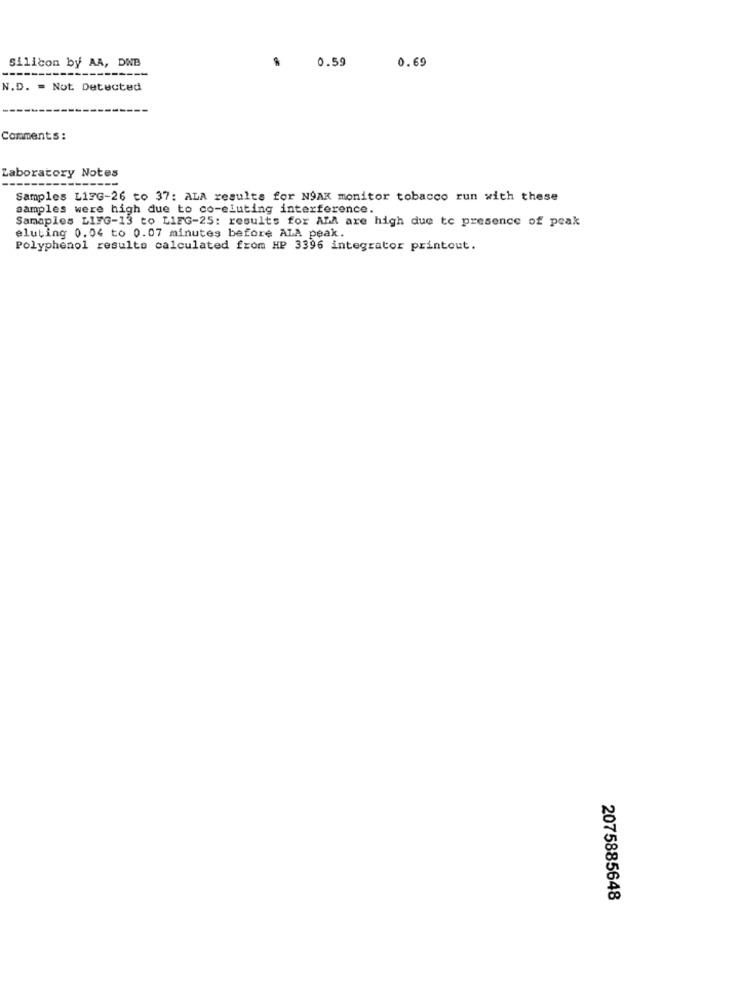
Silicon by AA, DNB
0.59
0.69
N.D. = Not Detected
Comments :
Laboratory Notes
---
Samples L17G-26 to 37: ALA results for NOAK monitor tobacco run with these
samples were high due to co-eluting interference.
Samaples LIFG-13 to LiFG-25: results for ALA are high due to presence of peak
eluting 0.04 to 0.07 minutes before ALA peak.
Polyphenol results calculated from HP 3396 integrator printout.
2075885648